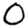
Digit: 0